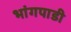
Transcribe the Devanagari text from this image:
भांगपाडी